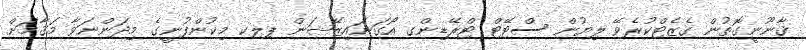
ޤާނޫނީގޮތުން ގެޒެޓްކުރެވޭ ލިޔުން ސްޓޭޓް ޓްރޭޑިންގ އޯގަނައިޒޭޝަން ޕލކ މިކުންފުނީގެ މިދަންނަވާ މަޤާމަށް